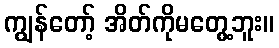
ကျွန်တော့် အိတ်ကိုမတွေ့ဘူး။